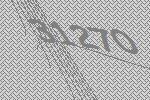
31270